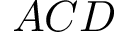
A C D